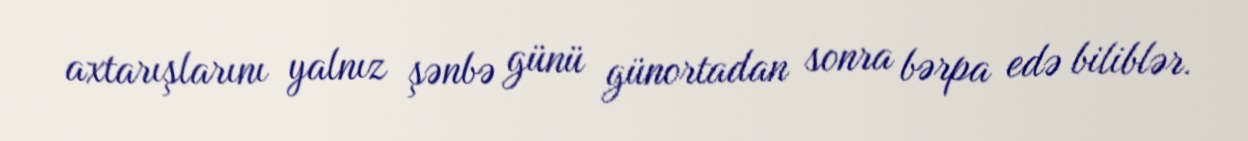
axtarışlarını yalnız şənbə günü günortadan sonra bərpa edə biliblər.